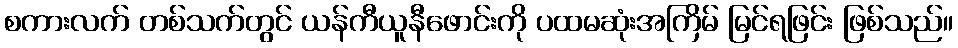
စကားလက် တစ်သက်တွင် ယန်ကီယူနီဖောင်းကို ပထမဆုံးအကြိမ် မြင်ရဖြင်း ဖြစ်သည်။